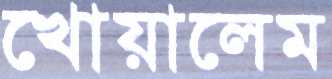
খোয়ালেম